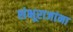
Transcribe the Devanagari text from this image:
शंभूराजांना